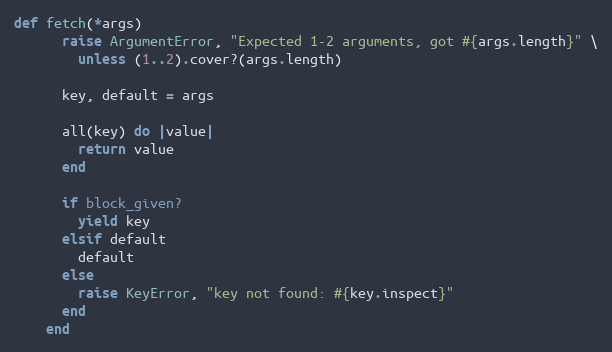
Language: Ruby
def fetch(*args)
      raise ArgumentError, "Expected 1-2 arguments, got #{args.length}" \
        unless (1..2).cover?(args.length)

      key, default = args

      all(key) do |value|
        return value
      end

      if block_given?
        yield key
      elsif default
        default
      else
        raise KeyError, "key not found: #{key.inspect}"
      end
    end